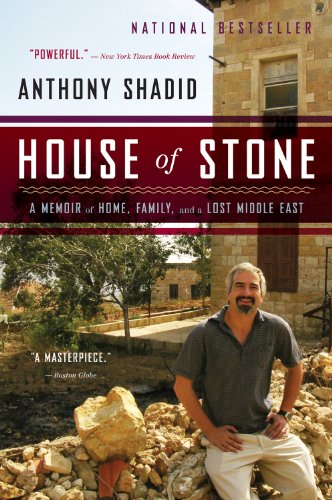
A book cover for House of Stone: A Memoir of Home, Family, and a Lost Middle East; Anthony Shadid; Biographies & Memoirs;